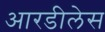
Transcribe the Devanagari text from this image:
आरडीलेस